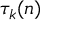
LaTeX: \tau _ { k } ( n )